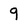
Character: 9